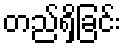
တည်ရှိခြင်း